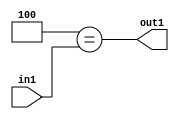
`timescale 1ps / 1ps
/*****************************************************************************
    Verilog RTL Description
    
    
    Created by: Stratus DpOpt 2019.1.01 
*******************************************************************************/

module cache_Eqi4u8_1 (
	in1,
	out1
	); /* architecture "behavioural" */ 
input [7:0] in1;
output  out1;
wire  asc001;

assign asc001 = (13'B0000000000100==in1);

assign out1 = asc001;
endmodule

/* CADENCE  urX2TQ0= : u9/ySgnWtBlWxVPRXgAZ4Og= ** DO NOT EDIT THIS LINE ******/